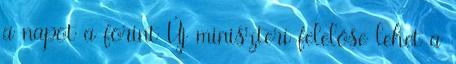
a napot a forint Új miniszteri felelőse lehet a